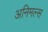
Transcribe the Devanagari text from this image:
अनिमल्स